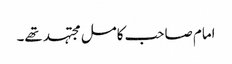
امام صاحب کامل مجتہد تھے۔